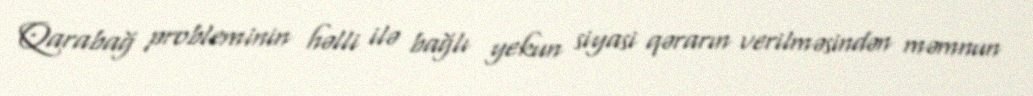
Qarabağ probleminin həlli ilə bağlı yekun siyasi qərarın verilməsindən məmnun